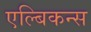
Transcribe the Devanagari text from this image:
एल्बिकन्स